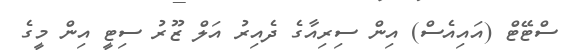
ސްޓޭޓް (އައިއެސް) އިން ސިރިއާގެ ދެއިރު އަލް ޒޫރު ސިޓީ އިން މީގެ